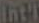
Int'l